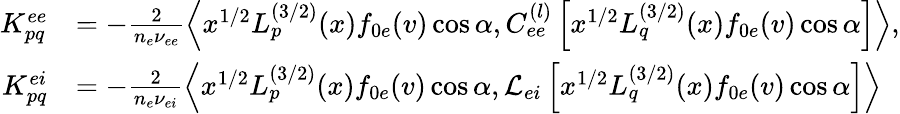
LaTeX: \begin{array}{rl}{K_{pq}^{ee}}&{=-\frac{2}{n_{e}\nu_{ee}}\left<x^{1/2}L_{p}^{(3/2)}(x)f_{0e}(v)\cos\alpha,C_{ee}^{(l)}\left[x^{1/2}L_{q}^{(3/2)}(x)f_{0e}(v)\cos\alpha\right]\right>,}\\ {K_{pq}^{ei}}&{=-\frac{2}{n_{e}\nu_{ei}}\left<x^{1/2}L_{p}^{(3/2)}(x)f_{0e}(v)\cos\alpha,\mathcal{L}_{ei}\left[x^{1/2}L_{q}^{(3/2)}(x)f_{0e}(v)\cos\alpha\right]\right>}\end{array}